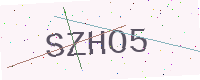
Text: SZHO5